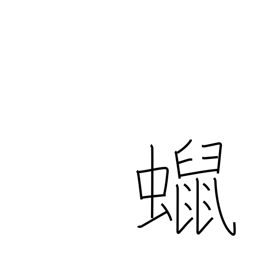
Meaning: candle